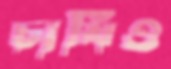
চাষিও